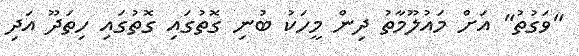
"ވަގުތު" އަށް މައުލޫމާތު ދިން މީހަކު ބުނި ގޮތުގައި ގޮތުގައި ހިތަދޫ އަދި